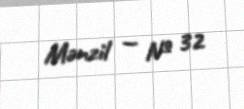
Mənzil — № 32